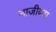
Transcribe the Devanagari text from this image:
नाजीब्चा